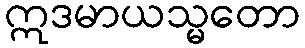
ဣဒမာယသ္မတော